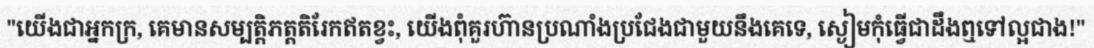
"យើងជាអ្នកក្រ, គេមានសម្បត្តិភត្តតិរែកឥតខ្វះ, យើងពុំគួរហ៊ានប្រណាំងប្រជែងជាមួយនឹងគេទេ, ស្ងៀមកុំធ្វើជាដឹងឮទៅល្អជាង!"